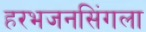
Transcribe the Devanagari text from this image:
हरभजनसिंगला